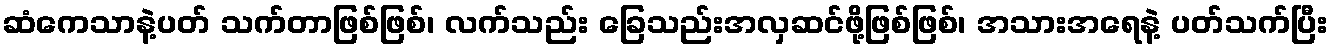
ဆံကေသာနဲ့ပတ် သက်တာဖြစ်ဖြစ်၊ လက်သည်း ခြေသည်းအလှဆင်ဖို့ဖြစ်ဖြစ်၊ အသားအရေနဲ့ ပတ်သက်ပြီး